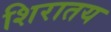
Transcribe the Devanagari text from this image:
शिरातय